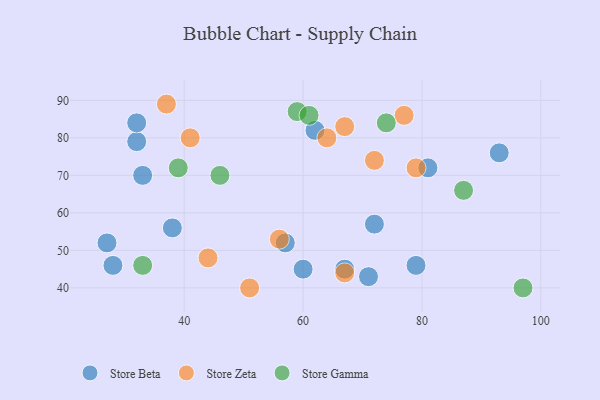
{"axis": {"x": "GDP", "y": "Life Expectancy"}, "legend": ["Store Beta", "Store Gamma", "Store Zeta"], "data": [{"x": "81", "y": 72, "type": "Store Beta"}, {"x": "62", "y": 82, "type": "Store Beta"}, {"x": "32", "y": 79, "type": "Store Beta"}, {"x": "71", "y": 43, "type": "Store Beta"}, {"x": "67", "y": 45, "type": "Store Beta"}, {"x": "72", "y": 57, "type": "Store Beta"}, {"x": "79", "y": 46, "type": "Store Beta"}, {"x": "27", "y": 52, "type": "Store Beta"}, {"x": "93", "y": 76, "type": "Store Beta"}, {"x": "28", "y": 46, "type": "Store Beta"}, {"x": "57", "y": 52, "type": "Store Beta"}, {"x": "33", "y": 70, "type": "Store Beta"}, {"x": "32", "y": 84, "type": "Store Beta"}, {"x": "38", "y": 56, "type": "Store Beta"}, {"x": "60", "y": 45, "type": "Store Beta"}, {"x": "44", "y": 48, "type": "Store Zeta"}, {"x": "67", "y": 83, "type": "Store Zeta"}, {"x": "56", "y": 53, "type": "Store Zeta"}, {"x": "77", "y": 86, "type": "Store Zeta"}, {"x": "37", "y": 89, "type": "Store Zeta"}, {"x": "64", "y": 80, "type": "Store Zeta"}, {"x": "79", "y": 72, "type": "Store Zeta"}, {"x": "67", "y": 44, "type": "Store Zeta"}, {"x": "41", "y": 80, "type": "Store Zeta"}, {"x": "72", "y": 74, "type": "Store Zeta"}, {"x": "51", "y": 40, "type": "Store Zeta"}, {"x": "33", "y": 46, "type": "Store Gamma"}, {"x": "97", "y": 40, "type": "Store Gamma"}, {"x": "87", "y": 66, "type": "Store Gamma"}, {"x": "59", "y": 87, "type": "Store Gamma"}, {"x": "74", "y": 84, "type": "Store Gamma"}, {"x": "46", "y": 70, "type": "Store Gamma"}, {"x": "39", "y": 72, "type": "Store Gamma"}, {"x": "61", "y": 86, "type": "Store Gamma"}]}